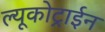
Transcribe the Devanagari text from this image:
ल्यूकोट्राईन